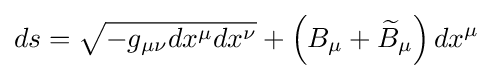
ds={\sqrt {-g_{\mu \nu }dx^{\mu }dx^{\nu }}}+\left(B_{\mu }+{\widetilde {B}}_{\mu }\right)dx^{\mu }